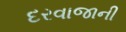
દરવાજાની